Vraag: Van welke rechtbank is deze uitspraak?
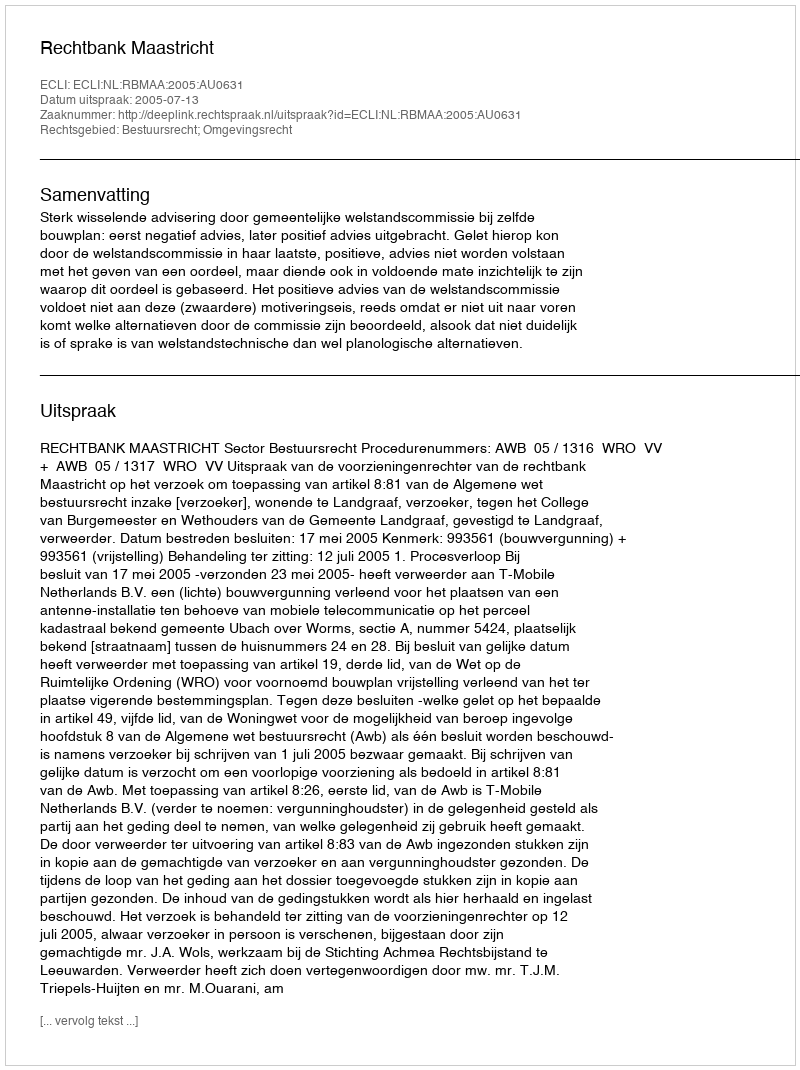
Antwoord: Rechtbank Maastricht